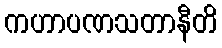
ကဟာပဏသတာနီတိ